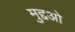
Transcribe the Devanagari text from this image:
मुद्दओ